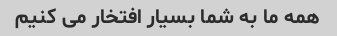
همه ما به شما بسیار افتخار می کنیم